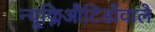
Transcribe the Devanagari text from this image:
न्यूक्लिऔटिडोंवाले